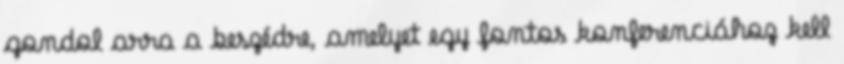
gondol arra a beszédre, amelyet egy fontos konferenciához kell